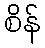
စိန်